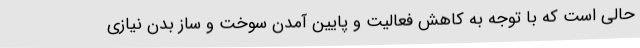
حالی است که با توجه به کاهش فعالیت و پایین آمدن سوخت و ساز بدن نیازی